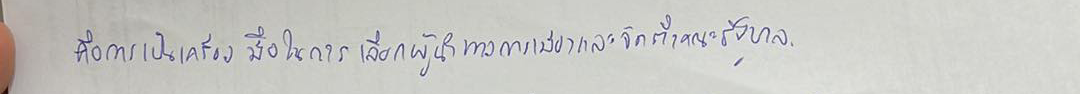
คือการเป็นเครื่องมือในการเลือกผู้นำทางการเมืองและจัดตั้งคณะรัฐบาล.